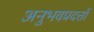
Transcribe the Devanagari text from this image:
अनुभवप्रदत्तों